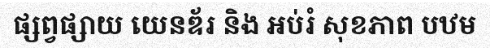
ផ្សព្វផ្សាយ យេនឌ័រ និង អប់រំ សុខភាព បឋម